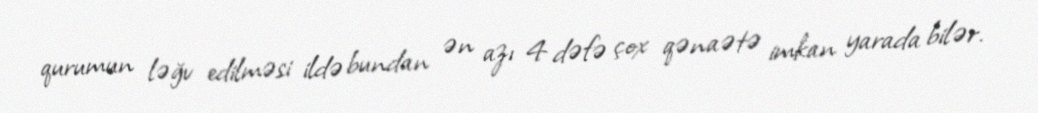
qurumun ləğv edilməsi ildə bundan ən azı 4 dəfə çox qənaətə imkan yarada bilər.